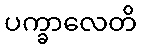
ပက္ခာလေတိ